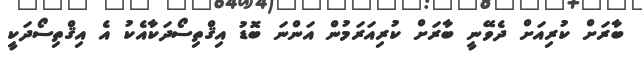
ބާރަށް ކުރިއަށް ދެވޭނީ ބާރަށް ކުރިއަރަމުން އަންނަ ބޮޑު އިޤްތިސޯދަކާއެކު އެ އިޤްތިސޯދަކީ